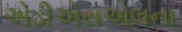
એડીએસએલના